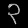
Digit: ၃